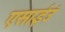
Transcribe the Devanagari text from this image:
एसाईउं